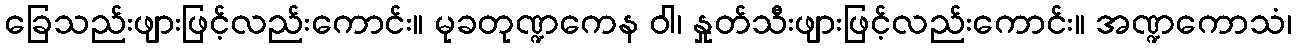
ခြေသည်းဖျားဖြင့်လည်းကောင်း။ မုခတုဏ္ဍကေန ဝါ၊ နှုတ်သီးဖျားဖြင့်လည်းကောင်း။ အဏ္ဍကောသံ၊